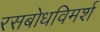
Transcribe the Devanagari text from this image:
रसबोधविमर्श